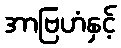
အာဗြဟံနှင့်